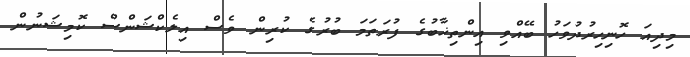
މިދިއަ ހޮނިހިރުދުވަހު ބޭއްވި އިންތިޚާބުގެ ފުރަތަމަ ބުރުގެ ކުރިން ވެސް އިލެކްޝަންސް ކޮމިޝަނުން